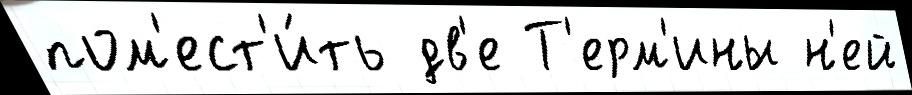
пом'ест'и́ть дв'е Т'ерм'ины н'ей